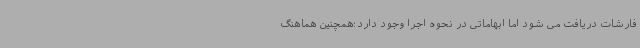
فارشات دریافت می شود اما ابهاماتی در نحوه اجرا وجود دارد؛همچنین هماهنگ